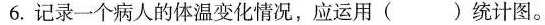
6.记录一个病人的体温变换情况，应运用（ ）统计图。